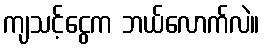
ကျသင့်ငွေက ဘယ်လောက်လဲ။